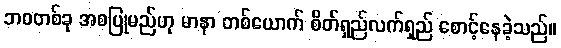
ဘဝတစ်ခု အစပြုမည်ဟု မာနာ တစ်ယောက် စိတ်ရှည်လက်ရှည် စောင့်နေခဲ့သည်။